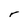
Character: r